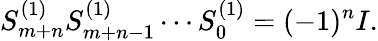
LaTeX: S_{m+n}^{(1)}S_{m+n-1}^{(1)}\cdots S_{0}^{(1)}=(-1)^{n}I.